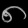
Digit: ၈